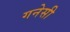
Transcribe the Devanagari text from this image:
गनेसी